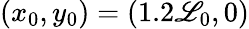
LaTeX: (x_{0},y_{0})=(1.2\mathscr{L}_{0},0)